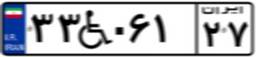
۳۳W۰۶۱۲۷